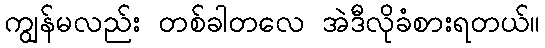
ကျွန်မလည်း တစ်ခါတလေ အဲဒီလိုခံစားရတယ်။